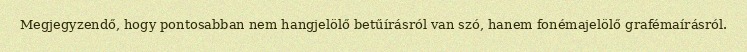
Megjegyzendő, hogy pontosabban nem hangjelölő betűírásról van szó, hanem fonémajelölő grafémaírásról.